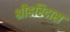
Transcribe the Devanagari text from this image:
श्रीहरिदास